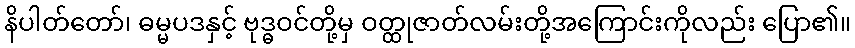
နိပါတ်တော်၊ ဓမ္မပဒနှင့် ဗုဒ္ဓဝင်တို့မှ ဝတ္ထုဇာတ်လမ်းတို့အကြောင်းကိုလည်း ပြော၏။